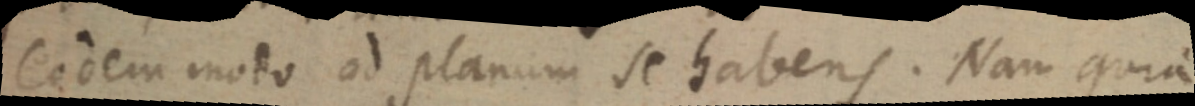
Eodem modo ad planum se habens. Nam quia